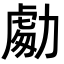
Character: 𭄾